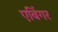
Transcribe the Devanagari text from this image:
एबिंगर